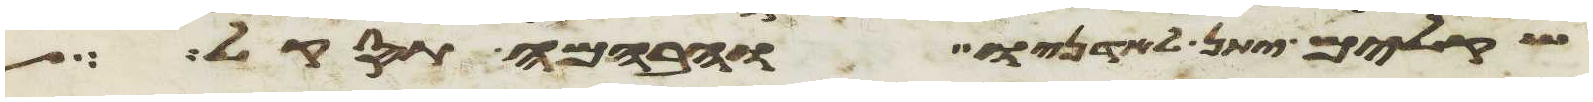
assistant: שקלים יתן לאדניו והבהמה תסקל